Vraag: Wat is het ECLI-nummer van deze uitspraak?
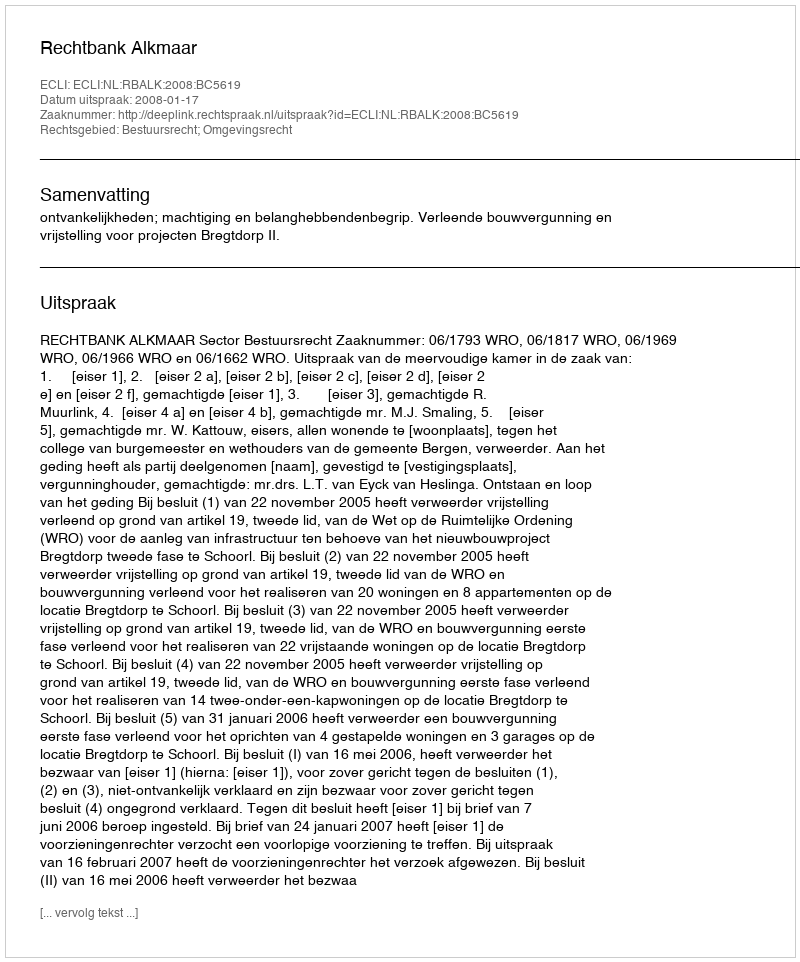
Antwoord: ECLI:NL:RBALK:2008:BC5619